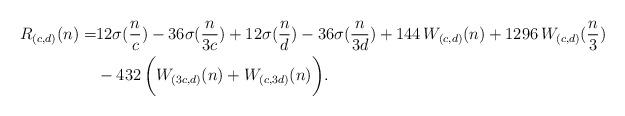
LaTeX: \begin{align*}R_{(c,d)}(n) = & 12\sigma(\frac{n}{c}) - 36\sigma(\frac{n}{3c}) + 12\sigma(\frac{n}{d}) -36\sigma(\frac{n}{3d}) + 144\, W_{(c,d)}(n) + 1296\, W_{(c,d)}(\frac{n}{3}) \\ & - 432\, \biggl( W_{(3c,d)}(n) + W_{(c,3d)}(n) \biggr). \end{align*}